Investigations into the jail dietaries of the United Provinces with some observations on the influence of dietary on the physical development and well-being of the people of the United Provinces - Number 48
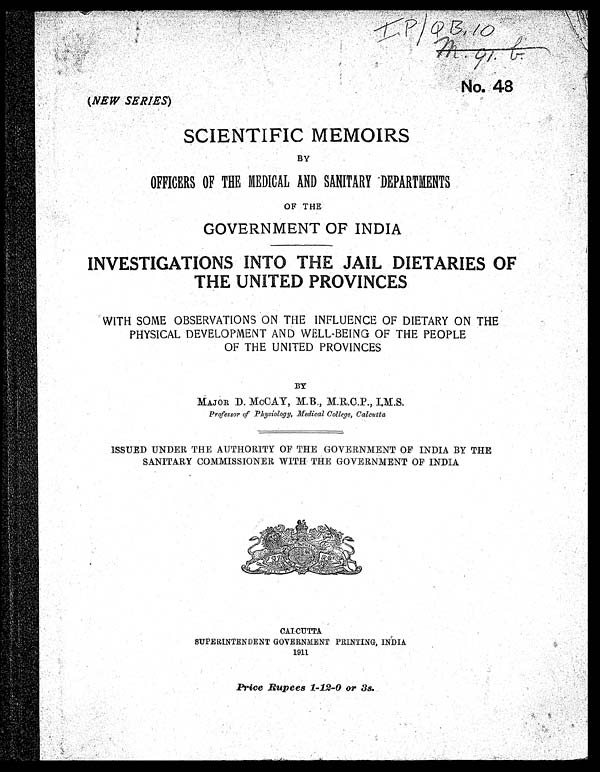
IP/QB.10
No. 48
(NEW SERIES)
SCIENTIFIC MEMOIRS
BY
OFFICERS OF THE MEDICAL AND SANITARY DEPARTMENTS
OF THE
GOVERNMENT OF INDIA
INVESTIGATIONS INTO THE JAIL DIETARIES OF
THE UNITED PROVINCES
WITH SOME OBSERVATIONS ON THE INFLUENCE OF DIETARY ON THE
PHYSICAL DEVELOPMENT AND WELL-BEING OF THE PEOPLE
OF THE UNITED PROVINCES
BY
MAJOR D. McCAY, M.B ., M.R.C.P., I.M.S .
Professor of Physiology, Medical College, Calcutta
ISSUED UNDER THE AUTHORITY OF THE GOVERNMENT OF INDIA BY THE
SANITARY COMMISSIONER WITH THE GOVERNMENT OF INDIA
CALCUTTA
SUPERINTENDENT GOVERNMENT PRINTING, INDIA
1911.
Price Rupees 1-12-0 or 3s.